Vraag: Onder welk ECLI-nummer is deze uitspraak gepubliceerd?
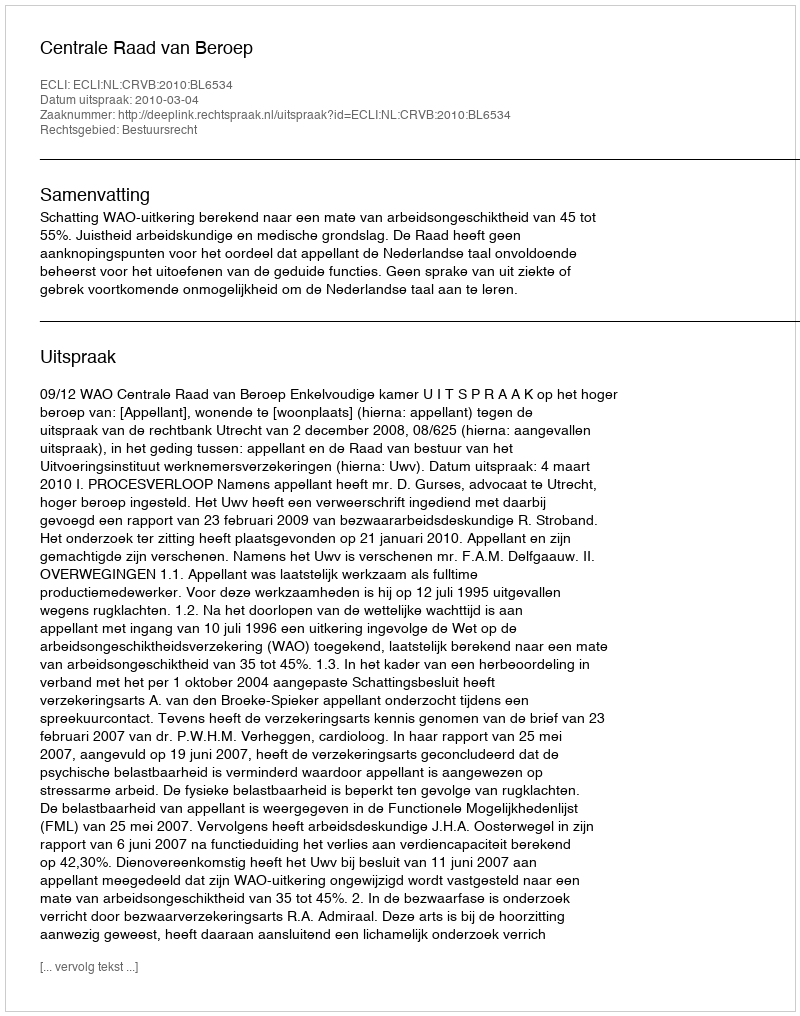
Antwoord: ECLI:NL:CRVB:2010:BL6534